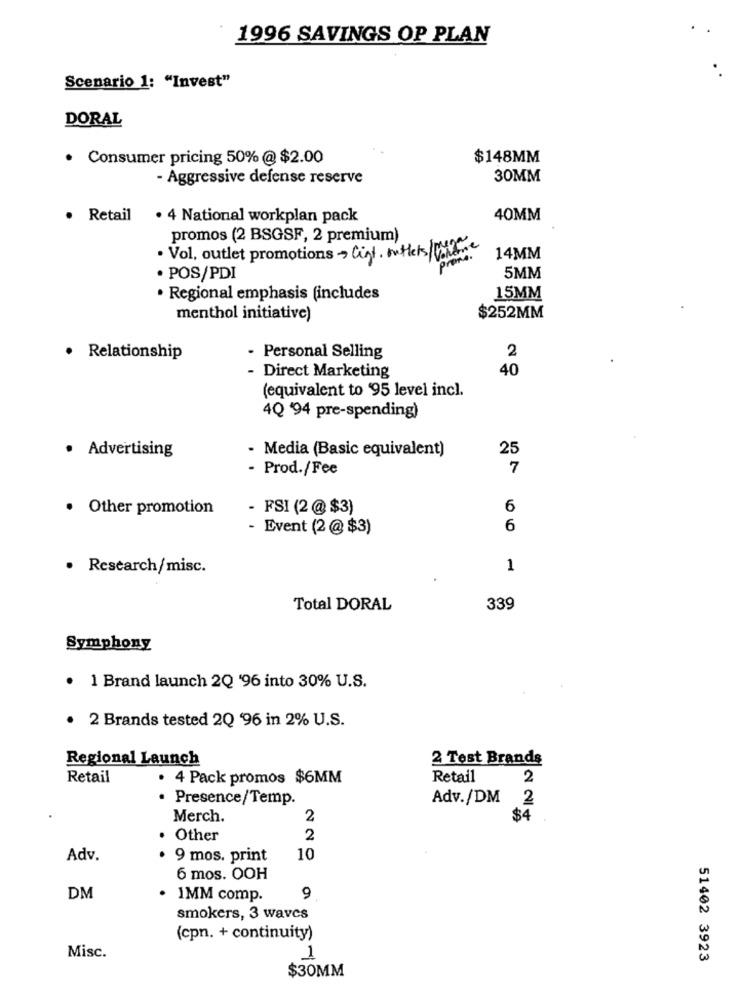
1996 SAVINGS OP PLAN
Scenario 1: "Invest"
DORAL
. Consumer pricing 50% @ $2.00
$148MM
- Aggressive defense reserve
30MM
. Retail
· 4 National workplan pack
40MM
promos (2 BSGSF, 2 premium)
prome.
. Vol, outlet promotions - Cist. mittels/
14MM
. POS/PDI
5MM
· Regional emphasis (includes
15MM
$252MM
menthol initiative)
· Relationship
- Personal Selling
2
40
- Direct Marketing
(equivalent to '95 level incl.
4Q '94 pre-spending)
· Advertising
- Media (Basic equivalent)
25
- Prod./Fee
7
· Other promotion
- FSI (2 @ $3)
6
- Event (2 @ $3)
6
· Research/misc.
1
Total DORAL
339
Symphony
· 1 Brand launch 2Q '96 into 30% U.S.
· 2 Brands tested 2Q '96 in 2% U.S.
Regional Launch
2 Test Brands
Retail
. 4 Pack promos $6MM
Retail
2
· Presence/Temp.
Adv./DM
2
Merch.
2
$4
. Other
2
Adv.
9 mos. print
10
6 mos. OOH
DM
1MM comp.
9
smokers, 3 waves
(cpn. + continuity)
Misc.
1
51402 3923
$30MM